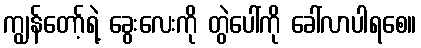
ကျွန်တော့်ရဲ့ ခွေးလေးကို တွဲပေါ်ကို ခေါ်လာပါရစေ။